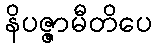
နိပဇ္ဇာမီတိပေ